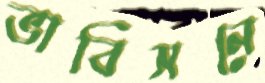
ভাবিসনে